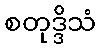
စတုဒ္ဒိသံ